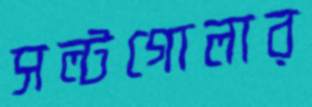
সল্টগোলার